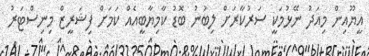
އީޔޫއިން މިއަދު ނޭޅުމަކީ ސަރުކާރަށް ލިބުނު ބޮޑު ކާމިޔާބީއެއް ކަމަށް ފިޝަރީޒް މިނިސްޓަރު